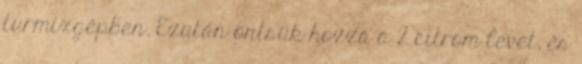
turmixgépben. Ezután öntsük hozzá a 2 citrom levét, és